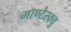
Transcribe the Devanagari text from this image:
माण्टेस्क्यू